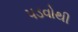
પડવોથી